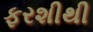
ફરશીથી